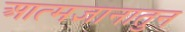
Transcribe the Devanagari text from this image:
आत्मज्ञानातुन